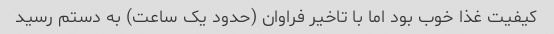
کیفیت غذا خوب بود اما با تاخیر فراوان (حدود یک ساعت) به دستم رسید